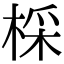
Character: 棌